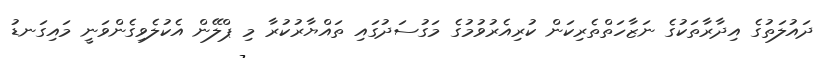
ދައުލަތުގެ އިދާރާތަކުގެ ނަޒާހަތްތެރިކަން ކުރިއެރުވުމުގެ މަގުސަދުގައި ތައްޔާރުކުރާ މި ޕްލޭން އެކުލެވިގެންވަނީ މައިގަނޑު